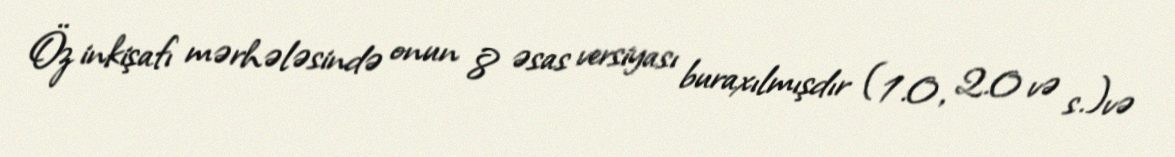
Öz inkişafı mərhələsində onun 8 əsas versiyası buraxılmışdır (1.0, 2.0 və s.)və